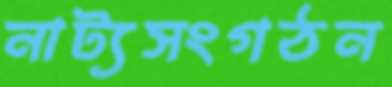
নাট্যসংগঠন